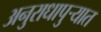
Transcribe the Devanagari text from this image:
अनुराधापुऱ्यात